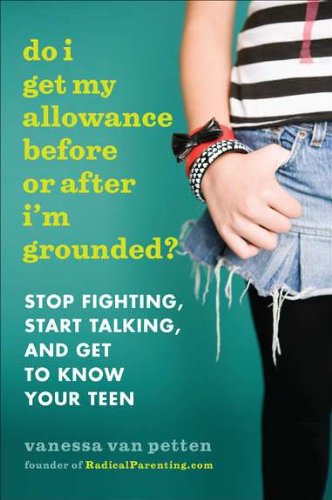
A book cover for Do I Get My Allowance Before or After I'm Grounded?: Stop Fighting, Start Talking, and Get to Know Your Teen; Vanessa Van Petten; Parenting & Relationships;